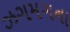
ઝગમગના